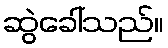
ဆွဲခေါ်သည်။